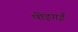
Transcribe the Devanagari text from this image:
पोइगई